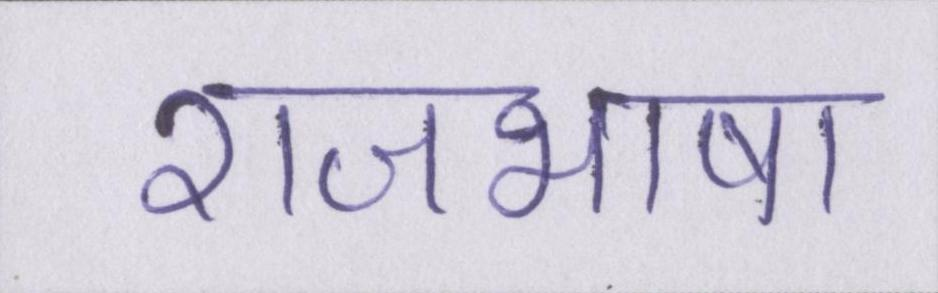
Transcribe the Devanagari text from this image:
राजभाषा